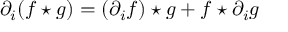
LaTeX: \partial _ { i } ( f \star g ) = ( \partial _ { i } f ) \star g + f \star \partial _ { i } g